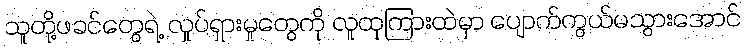
သူတို့ဖခင်တွေရဲ့ လှုပ်ရှားမှုတွေကို လူထုကြားထဲမှာ ပျောက်ကွယ်မသွားအောင်